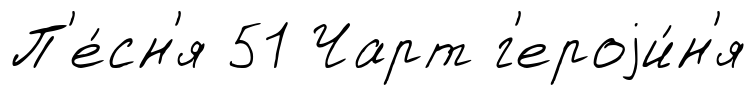
П'е́сн'я 51 Чарт г'ероjи́н'я